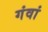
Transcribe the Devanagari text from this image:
गंवां